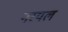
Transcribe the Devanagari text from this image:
नरयल